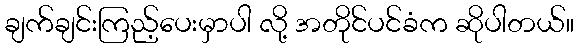
ချက်ချင်းကြည့်ပေးမှာပါ လို့ အတိုင်ပင်ခံက ဆိုပါတယ်။